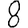
Digit: 8